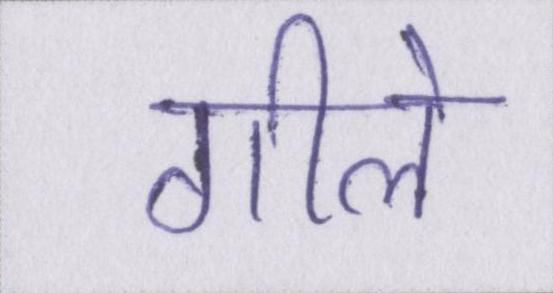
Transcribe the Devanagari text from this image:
गीले